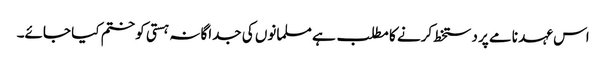
اس عہد نامے پر دستخط کرنے کا مطلب ہے مسلمانوں کی جداگانہ ہستی کو ختم کیا جائے۔